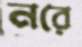
নরে